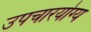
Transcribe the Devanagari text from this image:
उपचारयोग्य